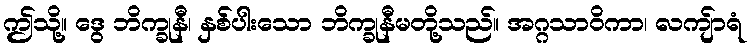
ဤသို့။ ဒွေ ဘိက္ခုနီ၊ နှစ်ပါးသော ဘိက္ခုနီမတို့သည်။ အဂ္ဂသာဝိကာ၊ လကျ်ာရံ